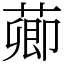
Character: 𦺄